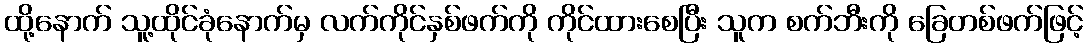
ထို့နောက် သူ့ထိုင်ခုံနောက်မှ လက်ကိုင်နှစ်ဖက်ကို ကိုင်ထားစေပြီး သူက စက်ဘီးကို ခြေတစ်ဖက်ဖြင့်